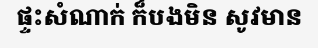
ផ្ទះសំណាក់ ក៏បងមិន សូវមាន